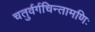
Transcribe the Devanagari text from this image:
चतुर्वर्गचिन्तामणिः